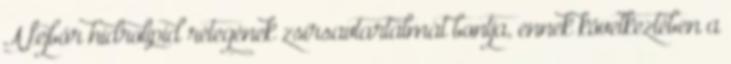
A fejbőr hidrolipid rétegének zsírsavtartalmát bontja, ennek következtében a